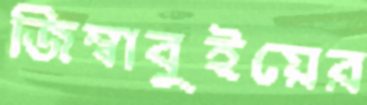
জিম্বাবুইয়ের